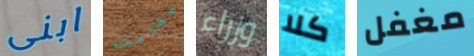
ابنى عصابته وزراء كلا مغفل